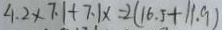
4 . 2 \times 7 . 1 + 7 . 1 \times = 2 ( 1 6 . 5 + 1 1 . 9 )